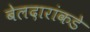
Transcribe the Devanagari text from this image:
बेलदारांकडे